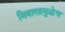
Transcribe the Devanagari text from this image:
निवासामुळेच